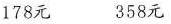
178元 358元